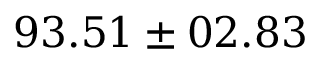
9 3 . 5 1 \pm 0 2 . 8 3